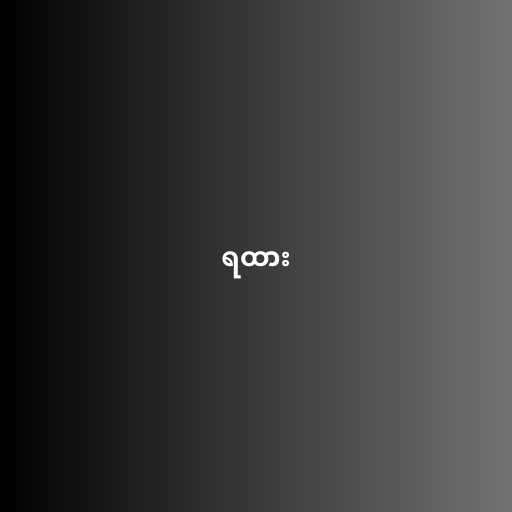
ရထား